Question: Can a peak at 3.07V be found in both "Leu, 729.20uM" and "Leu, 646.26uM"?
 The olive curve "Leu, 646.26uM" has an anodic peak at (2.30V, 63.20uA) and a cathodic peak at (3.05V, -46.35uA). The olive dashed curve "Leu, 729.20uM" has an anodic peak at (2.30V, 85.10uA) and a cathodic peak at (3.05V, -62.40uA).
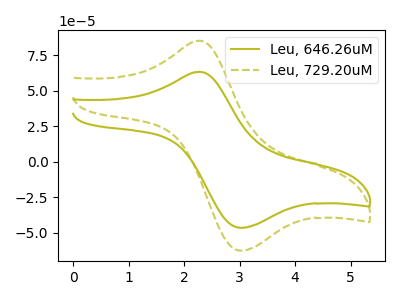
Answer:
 <answer>Yes, "Leu, 729.20uM" and "Leu, 646.26uM" share a peak at 3.07V.</answer>
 <eval>match</eval>